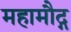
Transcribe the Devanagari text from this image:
महामौद्ग